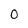
Character: 0